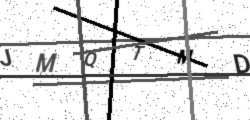
Text: JMQTMD